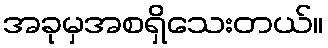
အခုမှအစရှိသေးတယ်။